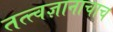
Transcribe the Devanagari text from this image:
तत्त्वज्ञानाचाच